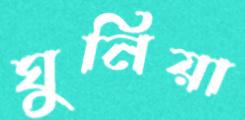
ঘুনিয়া